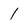
Character: 1